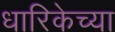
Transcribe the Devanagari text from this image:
धारिकेच्या